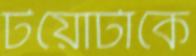
টয়োটাকে